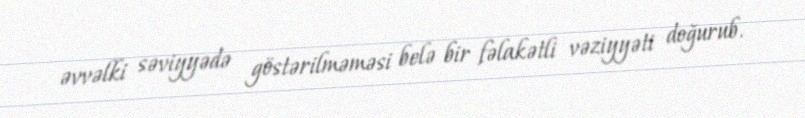
əvvəlki səviyyədə göstərilməməsi belə bir fəlakətli vəziyyəti doğurub.